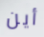
أين